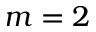
m = 2